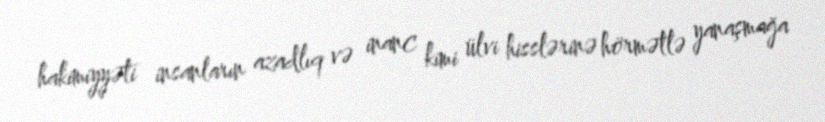
hakimiyyəti insanların azadlıq və inanc kimi ülvi hisslərinə hörmətlə yanaşmağa